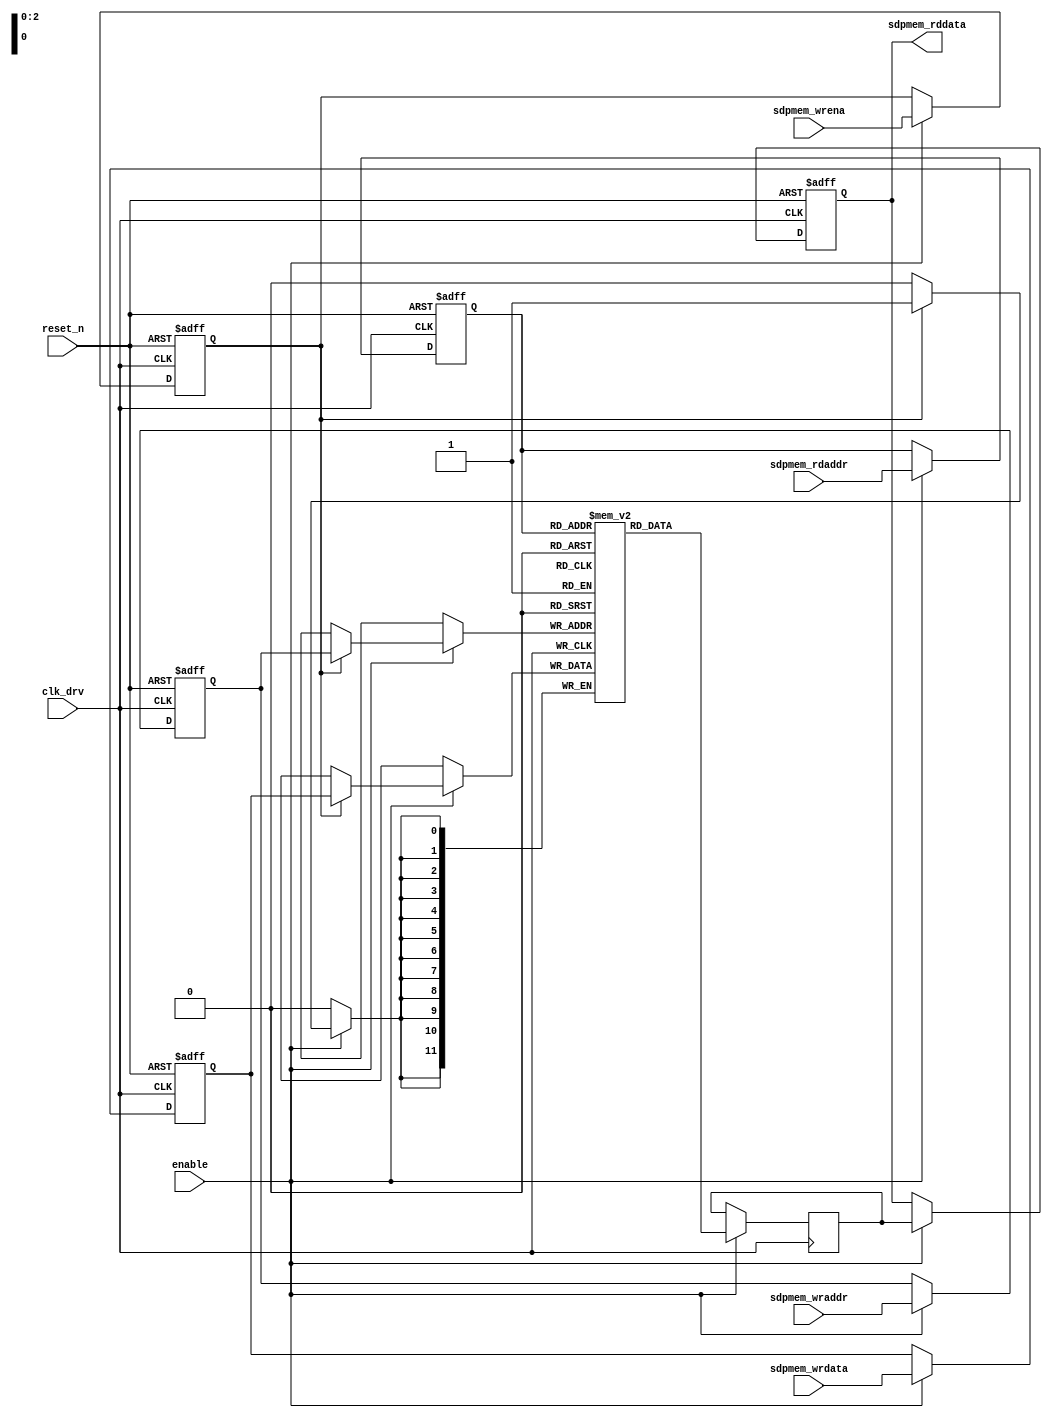
`timescale 1ns / 1ns
module background_subtraction_using_delta_sigma_argorithm_project_internal_mem (
        // ------------------------------------------------
        clk_drv,
        enable,
        reset_n,
        // ------------------------------------------------
        sdpmem_wrena,
        sdpmem_wraddr,
        sdpmem_wrdata,
        // ------------------------------------------------
        sdpmem_rdaddr,
        sdpmem_rddata
        );

    // ----------------------------------------------------
    // Parameters
    // ----------------------------------------------------
    parameter                       DATAWIDTH_p         = 12;
    parameter                       MEM_DEPTH_p         = 8;
    parameter                       REGISTER_INPUT_p    = 1;
    parameter                       REGISTER_OUTPUT_p   = 1;

    // ----------------------------------------------------
    // Constant
    // ----------------------------------------------------
    localparam                      ADDRWIDTH_c         = clog2b (MEM_DEPTH_p);

    // ----------------------------------------------------
    // Input Ports
    // ----------------------------------------------------

    // clock and global control signals
    input                           clk_drv;
    input                           enable;
    input                           reset_n;

    input                           sdpmem_wrena;
    input  [ADDRWIDTH_c - 1 : 0]    sdpmem_wraddr;
    input  [DATAWIDTH_p - 1 : 0]    sdpmem_wrdata;

    input  [ADDRWIDTH_c - 1 : 0]    sdpmem_rdaddr;
    output [DATAWIDTH_p - 1 : 0]    sdpmem_rddata;

    // ----------------------------------------------------
    // Signals Declaration
    // ----------------------------------------------------

    // here is mem element
    reg    [DATAWIDTH_p - 1 : 0]    simple_dualp_mem [MEM_DEPTH_p - 1 : 0];

    // register for the input mem (if required)
    reg                             wrena_ff;
    reg    [ADDRWIDTH_c - 1 : 0]    wraddr_ff;
    reg    [DATAWIDTH_p - 1 : 0]    wrdata_ff;
    reg    [ADDRWIDTH_c - 1 : 0]    rdaddr_ff;

    // register for the output mem (if required)
    reg    [DATAWIDTH_p - 1 : 0]    rddata_ff;

    // signals associated directly to the memory ports
    wire                            wrena;
    wire   [ADDRWIDTH_c - 1 : 0]    wraddr;
    wire   [DATAWIDTH_p - 1 : 0]    wrdata;
    wire   [ADDRWIDTH_c - 1 : 0]    rdaddr;
    reg    [DATAWIDTH_p - 1 : 0]    rddata;

    // ----------------------------------------------------
    // Constant Function - clog2b
    // Calculate the ceiling of the log base 2
    // 
    // ----------------------------------------------------
    function integer clog2b;
        // ------------------------------------------------
        input integer   depth;
        // ------------------------------------------------
        integer         i;
        // ------------------------------------------------
        begin
            for (i = 0; 2**i < depth; i = i + 1) begin
            end
            clog2b = i;
        end
    endfunction

    // ----------------------------------------------------
    // END Declaration.
    // ----------------------------------------------------

    // generate register input (if required)
    generate
        if (REGISTER_INPUT_p == 1) begin
            always @ (posedge clk_drv, negedge reset_n)
            begin
                if (reset_n == 1'b0) begin
                    wrena_ff    <= 1'b0;
                    wraddr_ff   <=  'd0;
                    wrdata_ff   <=  'd0;
                    rdaddr_ff   <=  'd0;
                end
                else if (enable == 1'b1) begin
                    wrena_ff    <= sdpmem_wrena;
                    wraddr_ff   <= sdpmem_wraddr;
                    wrdata_ff   <= sdpmem_wrdata;
                    rdaddr_ff   <= sdpmem_rdaddr;
                end
            end
        end
    endgenerate

    // generate connection to the memory input
    generate
        if (REGISTER_INPUT_p == 1) begin
            assign wrena    = wrena_ff;
            assign wraddr   = wraddr_ff;
            assign wrdata   = wrdata_ff;
            assign rdaddr   = rdaddr_ff;
        end
        else begin
            assign wrena    = sdpmem_wrena;
            assign wraddr   = sdpmem_wraddr;
            assign wrdata   = sdpmem_wrdata;
            assign rdaddr   = sdpmem_rdaddr;
        end
    endgenerate

    // implement simple dual port MEM with
    // read old data during write bahavior
        // 11 Mar 2010 : Fix enable, requires enable for reading since no register output used in design
    always @ (posedge clk_drv)
    begin : write_to_mem_blk
        if (enable == 1'b1) begin
                        if (wrena == 1'b1) begin
                                simple_dualp_mem[wraddr]    <= wrdata;
                        end 
                        rddata  <= simple_dualp_mem[rdaddr];
                end
    end

    // generate register output (if required)
    generate
        if (REGISTER_OUTPUT_p == 1) begin
            always @ (posedge clk_drv, negedge reset_n)
            begin
                if (reset_n == 1'b0) begin
                    rddata_ff   <= 'd0;
                end
                else if (enable == 1'b1) begin
                    rddata_ff   <= rddata;
                end
            end
        end
    endgenerate


    // generate connection output
    generate
        if (REGISTER_OUTPUT_p == 1) begin
            assign sdpmem_rddata = rddata_ff;
        end
        else begin
            assign sdpmem_rddata = rddata;
        end
    endgenerate

endmodule